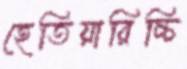
হেতিয়ারিচ্চি